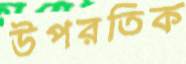
উপরতিক